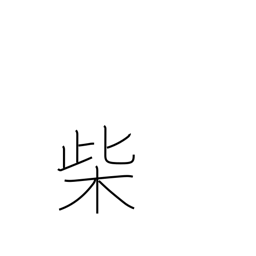
Meaning: firewood